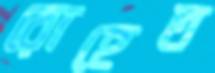
রোহেত